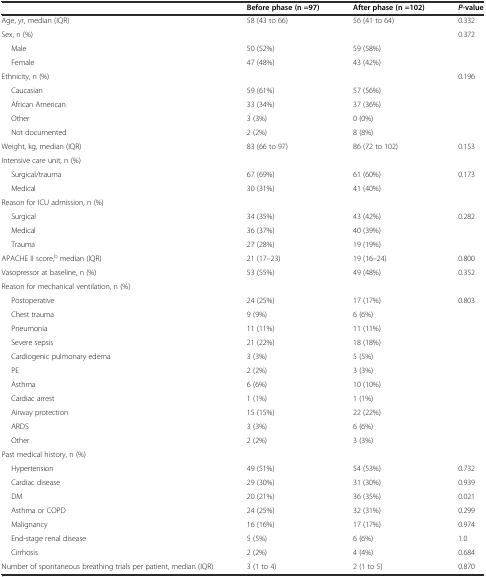
<table><thead><tr><td></td><td><b>Before phase (n =97)</b></td><td><b>After phase (n =102)</b></td><td><b><i>P</i>-value</b></td></tr></thead><tbody><tr><td>Age, yr, median (IQR)</td><td>58 (43 to 66)</td><td>56 (41 to 64)</td><td>0.332</td></tr><tr><td>Sex, n (%)</td><td></td><td></td><td>0.372</td></tr><tr><td>Male</td><td>50 (52%)</td><td>59 (58%)</td><td rowspan="2"></td></tr><tr><td>Female</td><td>47 (48%)</td><td>43 (42%)</td></tr><tr><td>Ethnicity, n (%)</td><td></td><td></td><td>0.196</td></tr><tr><td>Caucasian</td><td>59 (61%)</td><td>57 (56%)</td><td rowspan="4"></td></tr><tr><td>African American</td><td>33 (34%)</td><td>37 (36%)</td></tr><tr><td>Other</td><td>3 (3%)</td><td>0 (0%)</td></tr><tr><td>Not documented</td><td>2 (2%)</td><td>8 (8%)</td></tr><tr><td>Weight, kg, median (IQR)</td><td>83 (66 to 97)</td><td>86 (72 to 102)</td><td>0.153</td></tr><tr><td>Intensive care unit, n (%)</td><td></td><td></td><td></td></tr><tr><td>Surgical/trauma</td><td>67 (69%)</td><td>61 (60%)</td><td rowspan="2">0.173</td></tr><tr><td>Medical</td><td>30 (31%)</td><td>41 (40%)</td></tr><tr><td>Reason for ICU admission, n (%)</td><td></td><td></td><td></td></tr><tr><td>Surgical</td><td>34 (35%)</td><td>43 (42%)</td><td>0.282</td></tr><tr><td>Medical</td><td>36 (37%)</td><td>40 (39%)</td><td rowspan="2"></td></tr><tr><td>Trauma</td><td>27 (28%)</td><td>19 (19%)</td></tr><tr><td>APACHE II score,<sup>b</sup> median (IQR)</td><td>21 (17–23)</td><td>19 (16–24)</td><td>0.800</td></tr><tr><td>Vasopressor at baseline, n (%)</td><td>53 (55%)</td><td>49 (48%)</td><td>0.352</td></tr><tr><td>Reason for mechanical ventilation, n (%)</td><td></td><td></td><td></td></tr><tr><td>Postoperative</td><td>24 (25%)</td><td>17 (17%)</td><td>0.803</td></tr><tr><td>Chest trauma</td><td>9 (9%)</td><td>6 (6%)</td><td rowspan="10"></td></tr><tr><td>Pneumonia</td><td>11 (11%)</td><td>11 (11%)</td></tr><tr><td>Severe sepsis</td><td>21 (22%)</td><td>18 (18%)</td></tr><tr><td>Cardiogenic pulmonary edema</td><td>3 (3%)</td><td>5 (5%)</td></tr><tr><td>PE</td><td>2 (2%)</td><td>3 (3%)</td></tr><tr><td>Asthma</td><td>6 (6%)</td><td>10 (10%)</td></tr><tr><td>Cardiac arrest</td><td>1 (1%)</td><td>1 (1%)</td></tr><tr><td>Airway protection</td><td>15 (15%)</td><td>22 (22%)</td></tr><tr><td>ARDS</td><td>3 (3%)</td><td>6 (6%)</td></tr><tr><td>Other</td><td>2 (2%)</td><td>3 (3%)</td></tr><tr><td>Past medical history, n (%)</td><td></td><td></td><td></td></tr><tr><td>Hypertension</td><td>49 (51%)</td><td>54 (53%)</td><td>0.732</td></tr><tr><td>Cardiac disease</td><td>29 (30%)</td><td>31 (30%)</td><td>0.939</td></tr><tr><td>DM</td><td>20 (21%)</td><td>36 (35%)</td><td>0.021</td></tr><tr><td>Asthma or COPD</td><td>24 (25%)</td><td>32 (31%)</td><td>0.299</td></tr><tr><td>Malignancy</td><td>16 (16%)</td><td>17 (17%)</td><td>0.974</td></tr><tr><td>End-stage renal disease</td><td>5 (5%)</td><td>6 (6%)</td><td>1.0</td></tr><tr><td>Cirrhosis</td><td>2 (2%)</td><td>4 (4%)</td><td>0.684</td></tr><tr><td>Number of spontaneous breathing trials per patient, median (IQR)</td><td>3 (1 to 4)</td><td>2 (1 to 5)</td><td>0.870</td></tr></tbody></table>